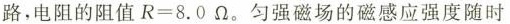
路，电阻的阻值$$R=8.0\Omega$$。匀强磁场的磁感应强度随时